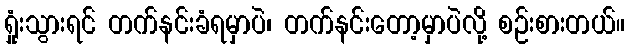
ရှုံးသွားရင် တက်နင်းခံရမှာပဲ၊ တက်နင်းတော့မှာပဲလို့ စဉ်းစားတယ်။